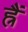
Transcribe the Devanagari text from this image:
ह्रैं